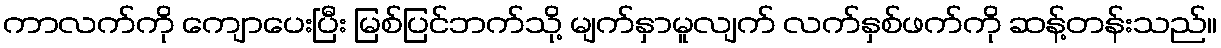
ကာလက်ကို ကျောပေးပြီး မြစ်ပြင်ဘက်သို့ မျက်နှာမူလျက် လက်နှစ်ဖက်ကို ဆန့်တန်းသည်။